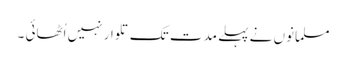
مسلمانوں نے پہلے مدت تک تلوار نہیں اُٹھائی ۔